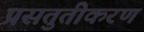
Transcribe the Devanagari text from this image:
प्रसतुतीकरण